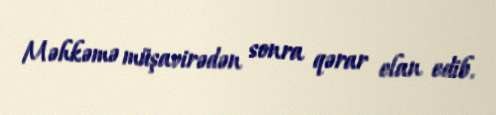
Məhkəmə müşavirədən sonra qərar elan edib.